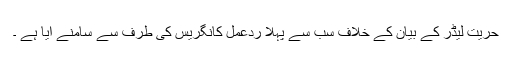
حریت لیڈر کے بیان کے خلاف سب سے پہلا ردعمل کانگریس کی طرف سے سامنے آیا ہے ۔